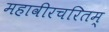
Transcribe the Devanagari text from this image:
महावीरचरितम्